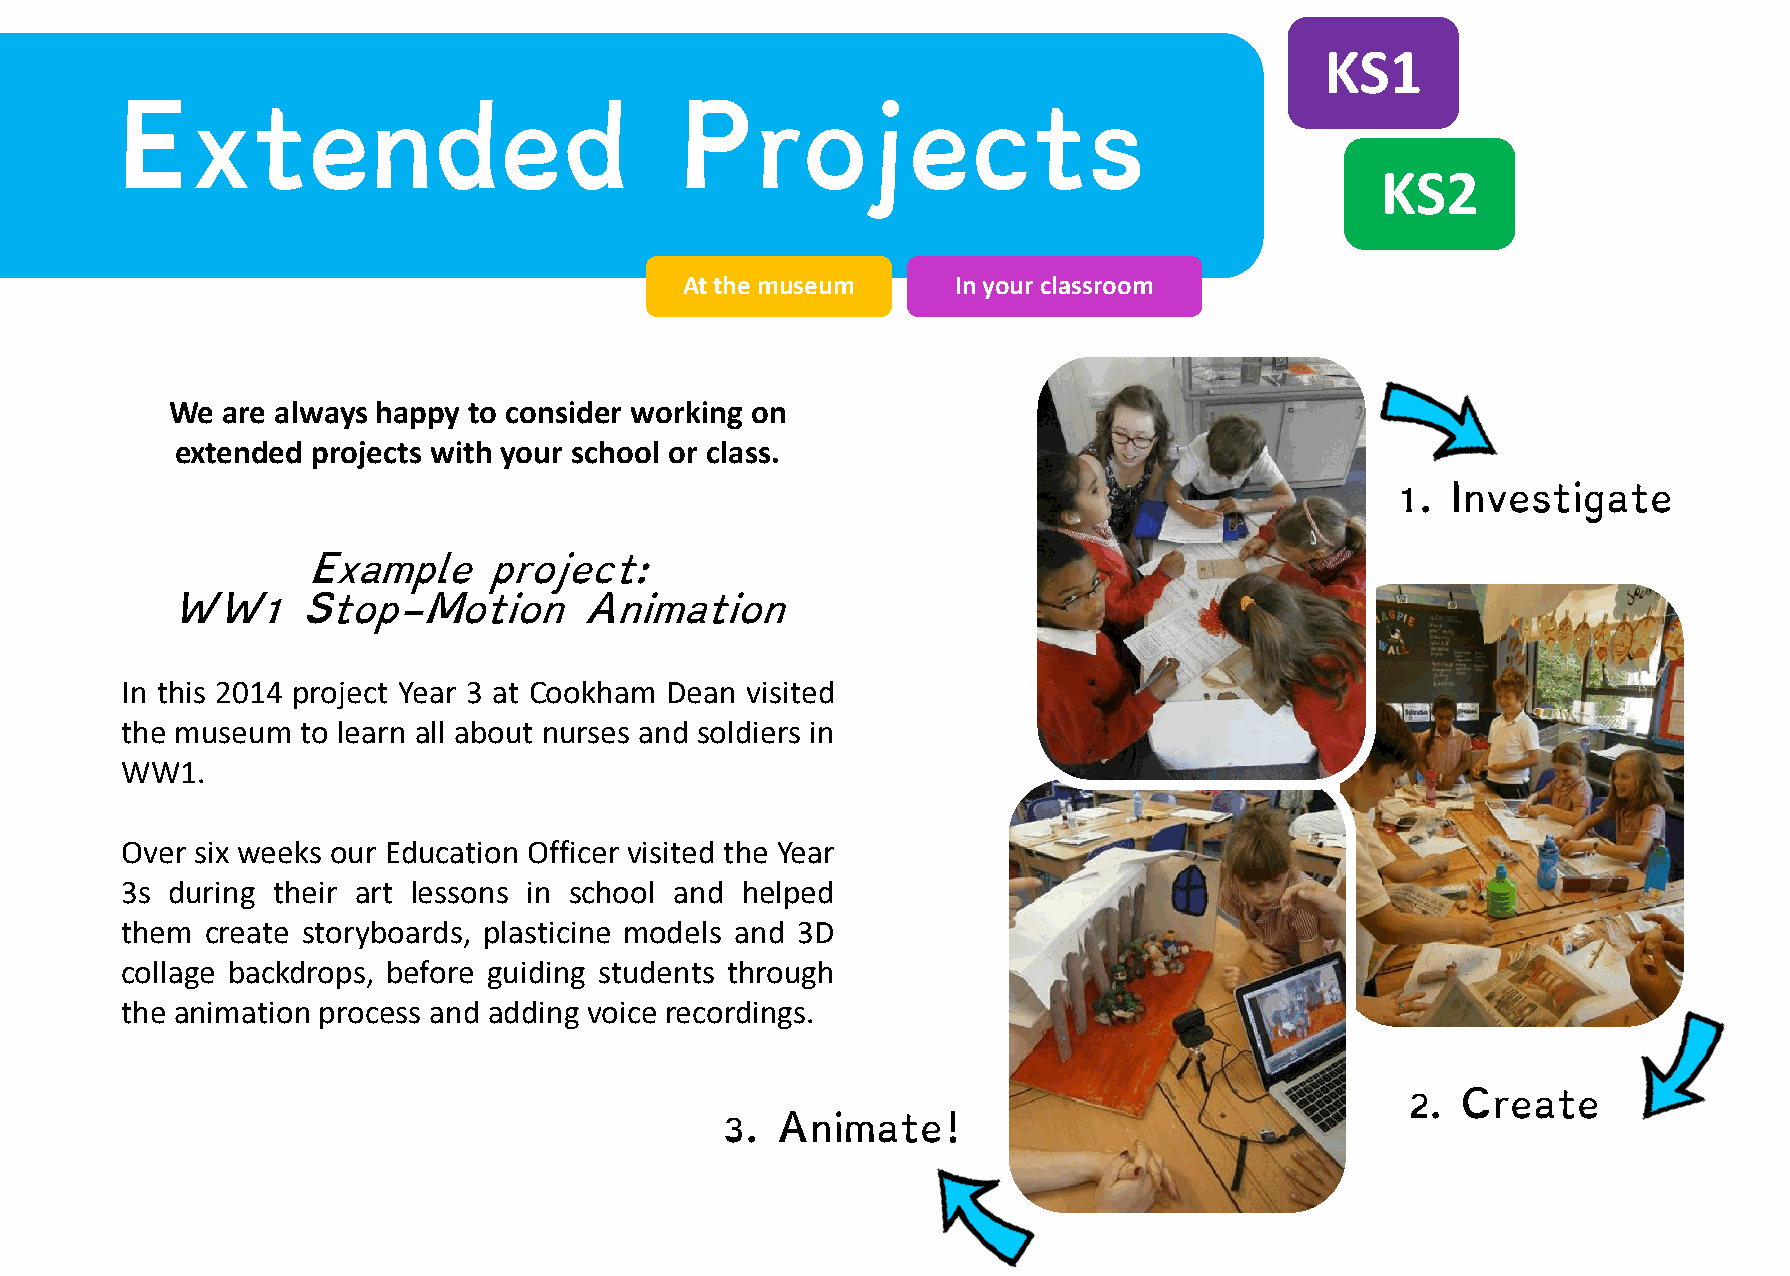
KS1
 Extended                             Projects
 KS2
 At the museum     In your classroom
 We  are always happy to consider working on
 extended projects with your school or class.
 1.  Investigate
 Example     project:
 WW1      Stop-Motion       Animation
 In this 2014 project Year 3 at Cookham Dean visited
 the museum  to learn all about nurses and soldiers in
 WW1.
 Over six weeks our Education Officer visited the Year
 3s during their art lessons in school and helped
 them  create storyboards, plasticine models and 3D
 collage backdrops, before guiding students through
 the animation process and adding voice recordings.
 2.  Create
 3. Animate!